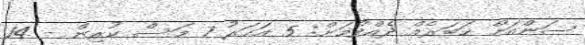
ސަންއަށް ޚަބަރެއް ދެއްވުމަށް: 5 އަހަރު 7 މަސް ކުރިން - 14